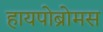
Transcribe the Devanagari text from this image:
हायपोब्रोमस